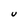
Character: U